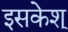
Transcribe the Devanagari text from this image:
इसकेश्